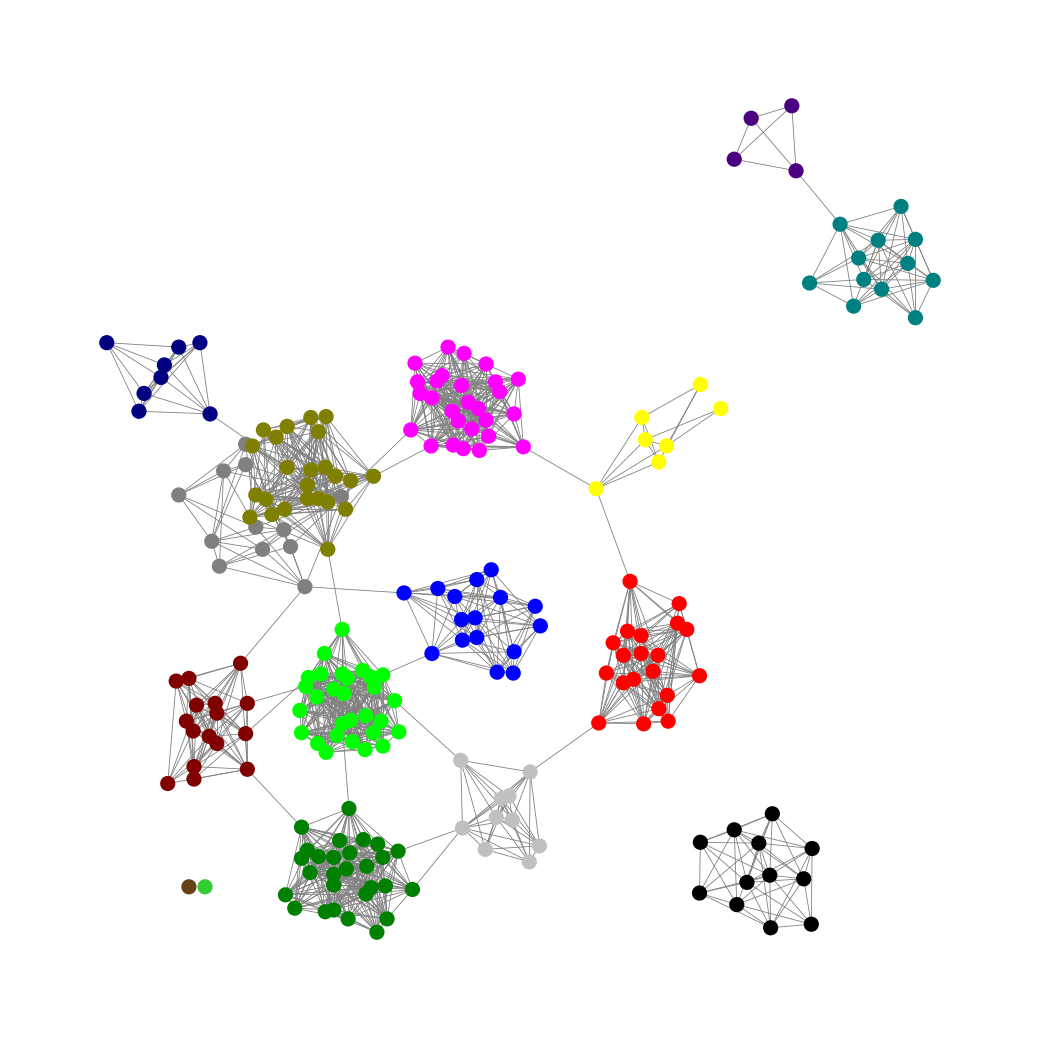
Graph connected: No
Number of connected components: 5
Number of singletons: 2
Total number of nodes: 227
Total number of edges: 1557
Number of communities: 16
Community sizes:
Black: 12
Blue: 16
Fuchsia: 27
Gray: 12
Green: 28
Indigo: 4
Lime: 29
Lime Green: 1
Maroon: 16
Navy: 8
Olive: 24
Pullman Brown: 1
Red: 20
Silver: 10
Teal: 12
Yellow: 7
Graph layout: tda
Graph generation method: erdos_renyi